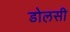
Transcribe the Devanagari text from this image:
डोलसी